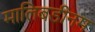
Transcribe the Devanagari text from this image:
मालिबडीनम